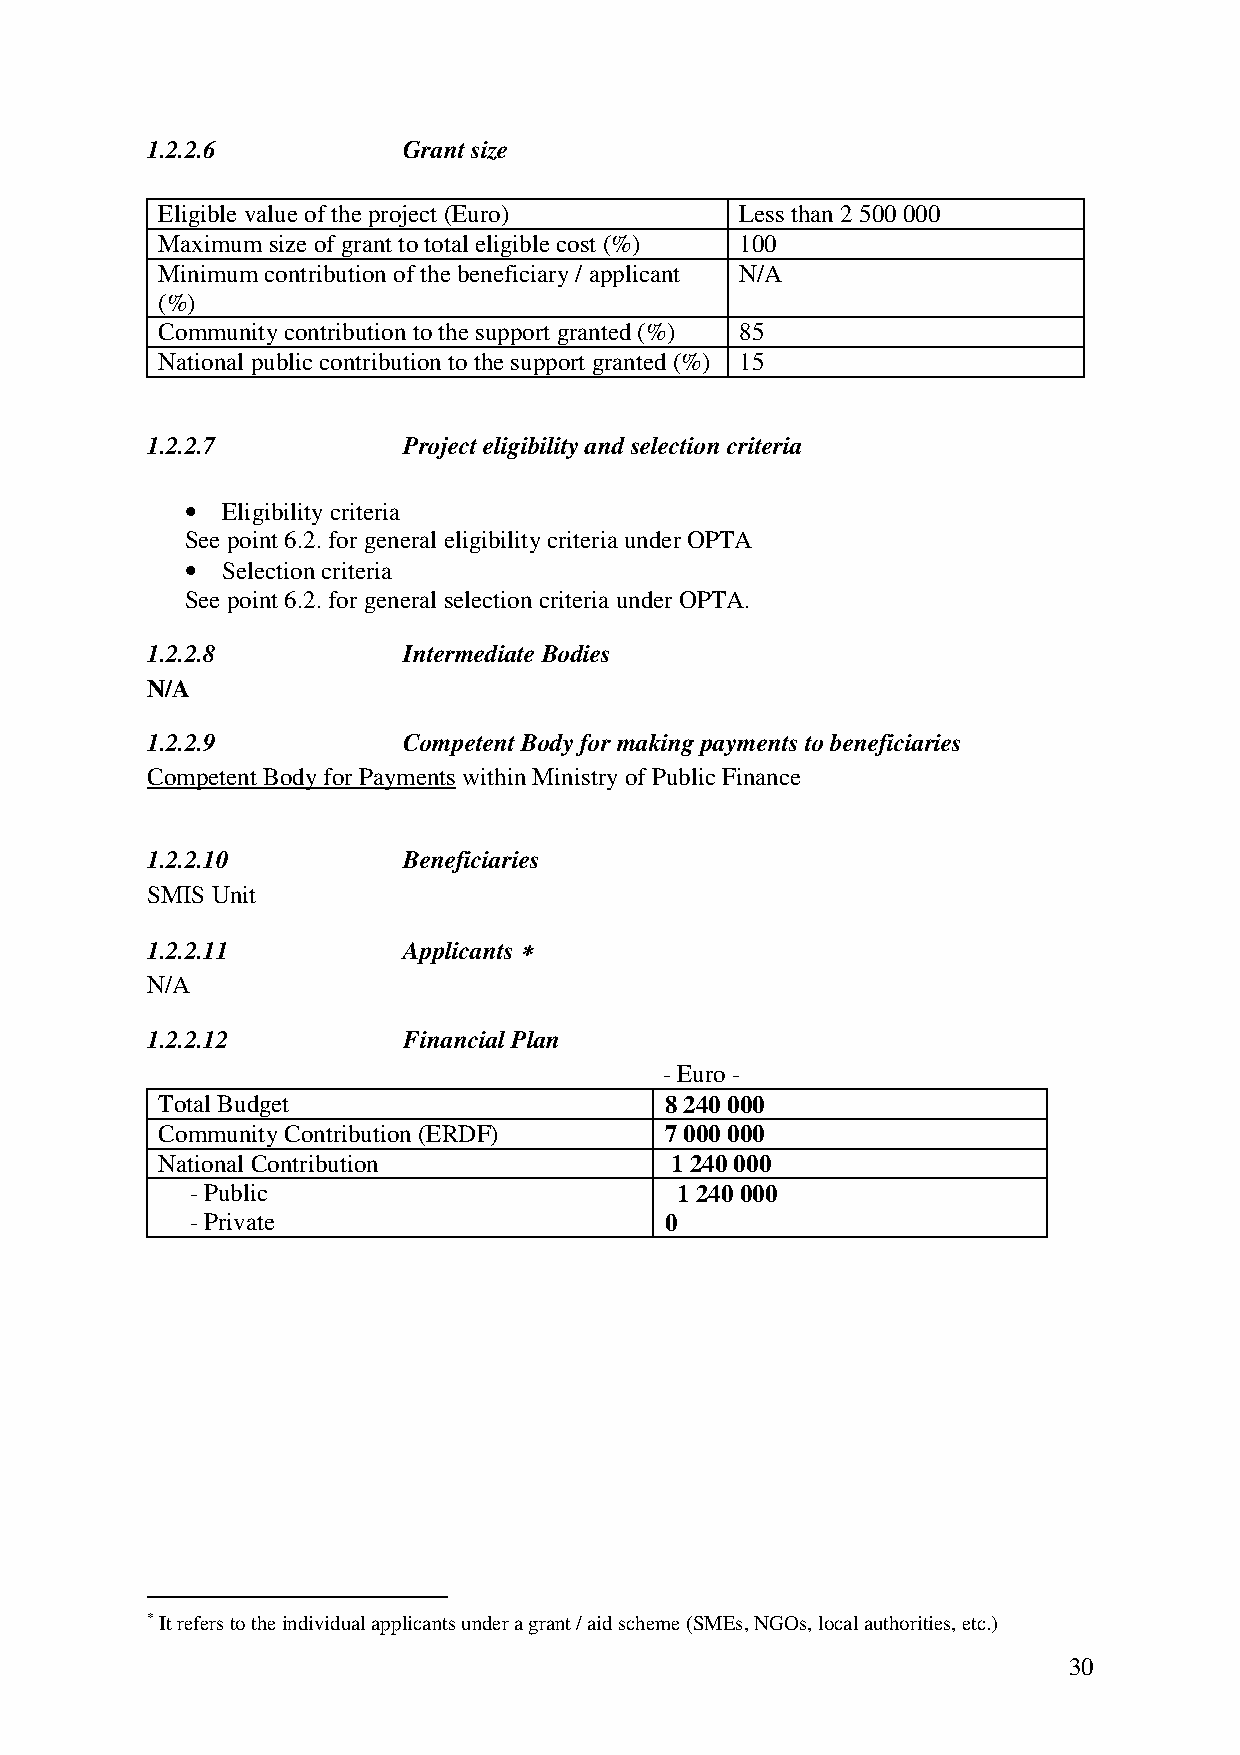
1.2.2.6          Grant size
 Eligible value of the project (Euro)   Less than 2 500 000
 Maximum size of grant to total eligible cost (%) 100
 Minimum contribution of the beneficiary / applicant N/A
 (%)
 Community contribution to the support granted (%) 85
 National public contribution to the support granted (%) 15
 1.2.2.7          Project eligibility and selection criteria
 •  Eligibility criteria
 See point 6.2. for general eligibility criteria under OPTA
 •  Selection criteria
 See point 6.2. for general selection criteria under OPTA.
 1.2.2.8          Intermediate Bodies
 N/A
 1.2.2.9          Competent Body for making payments to beneficiaries
 Competent Body for Payments within Ministry of Public Finance
 1.2.2.10         Beneficiaries
 SMIS Unit
 1.2.2.11         Applicants ****
 N/A
 1.2.2.12         Financial Plan
 - Euro -
 Total Budget                      8 240 000
 Community Contribution (ERDF)     7 000 000
 National Contribution             1 240 000
 - Public                        1 240 000
 - Private                      0
 * It refers to the individual applicants under a grant / aid scheme (SMEs, NGOs, local authorities, etc.)
 30